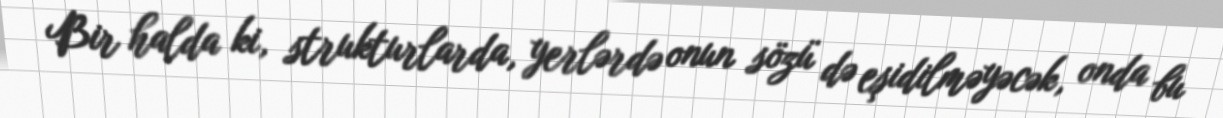
Bir halda ki, strukturlarda, yerlərdə onun sözü də eşidilməyəcək, onda bu